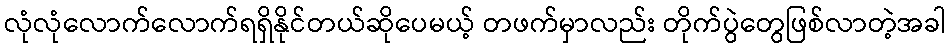
လုံလုံလောက်လောက်ရရှိနိုင်တယ်ဆိုပေမယ့် တဖက်မှာလည်း တိုက်ပွဲတွေဖြစ်လာတဲ့အခါ